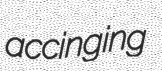
accinging